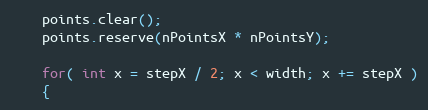
Language: C++
    points.clear();
    points.reserve(nPointsX * nPointsY);

    for( int x = stepX / 2; x < width; x += stepX )
    {